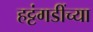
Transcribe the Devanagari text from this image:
हट्टंगडींच्या